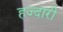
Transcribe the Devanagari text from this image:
हज्दारी